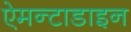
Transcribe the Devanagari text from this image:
ऐमन्टाडाइन